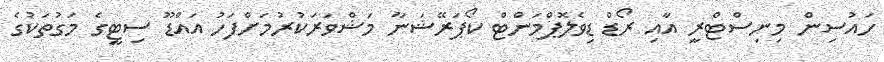
ހައުސިން މިނިސްޓްރީ އާއި ރޯޑް ޑިވެލޮޕްމަންޓް ކޯޕަރޭޝަނާ މަޝްވަރަކުރުމަށްފަހު އައްޑޫ ސިޓީގެ މަގުތަކުގެ